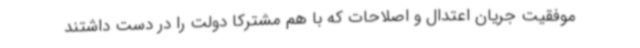
موفقیت جریان اعتدال و اصلاحات که با هم مشترکا دولت را در دست داشتند